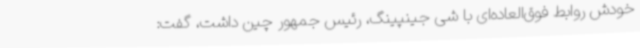
خودش روابط فوق‌العاده‌ای‌ با شی جینپینگ، رئیس جمهور چین داشت، گفت: